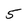
Character: 5